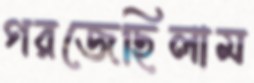
গরজেছিলাম